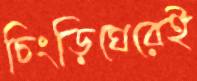
চিংড়িঘেরেই